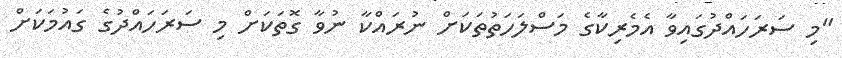
"މި ސަރަހައްދުގައިވާ އެމެރިކާގެ މަސްލަހަތުތަކަށް ނުރައްކާ ނުވާ ގޮތަކަށް މި ސަރަހައްދުގެ ގައުމަކަށް